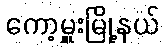
ကော့မှူးမြို့နယ်